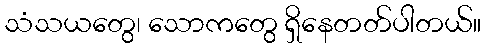
သံသယတွေ၊ သောကတွေ ရှိနေတတ်ပါတယ်။